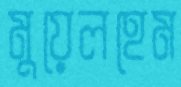
মুয়েলহেম